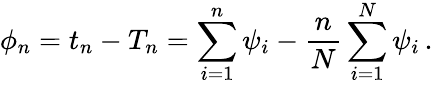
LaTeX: \phi_{n}=t_{n}-T_{n}=\sum_{i=1}^{n}\psi_{i}-{\frac{n}{N}}\sum_{i=1}^{N}\psi_{i}\, .